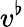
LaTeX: v^{\flat}